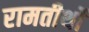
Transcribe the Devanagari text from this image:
रामतीर्थों